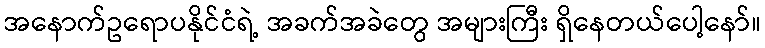
အနောက်ဥရောပနိုင်ငံရဲ့ အခက်အခဲတွေ အများကြီး ရှိနေတယ်ပေါ့နော်။